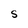
Character: S